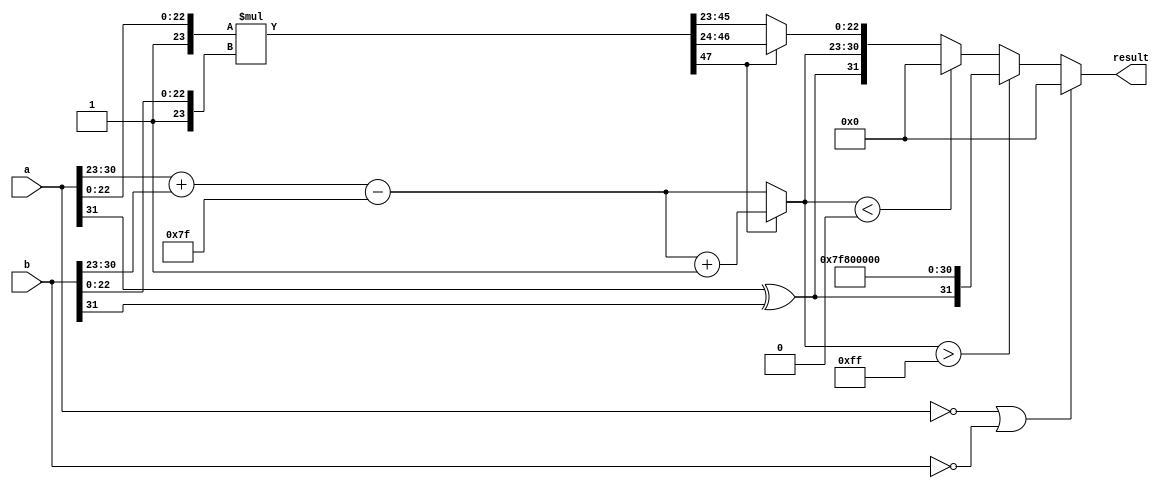
module fp_multiplier (
    input [31:0] a, // First floating-point input
    input [31:0] b, // Second floating-point input
    output reg [31:0] result // Resulting floating-point output
);

    // Constants
    localparam EXPONENT_BIAS = 127;
    localparam EXPONENT_MAX = 255;
    localparam EXPONENT_MIN = 0;

    // Internal signals
    wire sign_a, sign_b, sign_result;
    wire [7:0] exponent_a, exponent_b, exponent_result;
    wire [22:0] mantissa_a, mantissa_b;
    wire [47:0] mantissa_result; // 47 bits to hold the product
    wire [8:0] exponent_adjusted; // To hold adjusted exponent
    wire [23:0] mantissa_a_norm, mantissa_b_norm; // Normalized mantissas
    wire [23:0] mantissa_result_shifted; // Shifted mantissa for normalization
    wire is_zero_a, is_zero_b, is_zero_result;

    // Extract sign, exponent, and mantissa
    assign sign_a = a[31];
    assign exponent_a = a[30:23];
    assign mantissa_a = a[22:0];
    
    assign sign_b = b[31];
    assign exponent_b = b[30:23];
    assign mantissa_b = b[22:0];

    // Check for zero inputs
    assign is_zero_a = (a == 32'b0);
    assign is_zero_b = (b == 32'b0);
    assign is_zero_result = is_zero_a | is_zero_b;

    // Calculate normalized mantissas
    assign mantissa_a_norm = {1'b1, mantissa_a}; // 1.M_a
    assign mantissa_b_norm = {1'b1, mantissa_b}; // 1.M_b

    // Perform mantissa multiplication
    assign mantissa_result = mantissa_a_norm * mantissa_b_norm;

    // Calculate adjusted exponent
    assign exponent_adjusted = {1'b0, exponent_a} + {1'b0, exponent_b} - EXPONENT_BIAS;

    // Determine the sign of the result
    assign sign_result = sign_a ^ sign_b;

    // Normalize the result
    always @(*) begin
        if (is_zero_result) begin
            result = 32'b0; // If either input is zero, result is zero
        end else begin
            // Check if mantissa_result needs normalization
            if (mantissa_result[47]) begin
                // Already normalized
                exponent_result = exponent_adjusted + 1; // Increment exponent
                mantissa_result_shifted = mantissa_result[46:24]; // Keep the top 23 bits
            end else begin
                // Shift right to normalize
                exponent_result = exponent_adjusted; // Use adjusted exponent
                mantissa_result_shifted = mantissa_result[45:23]; // Shift right
            end

            // Handle overflow and underflow
            if (exponent_result > EXPONENT_MAX) begin
                // Overflow
                result = {sign_result, 8'b11111111, 23'b0}; // Set to infinity
            end else if (exponent_result < EXPONENT_MIN) begin
                // Underflow
                result = 32'b0; // Set to zero
            end else begin
                // Normal case
                result = {sign_result, exponent_result[7:0], mantissa_result_shifted[22:0]};
            end
        end
    end
endmodule